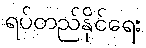
ရပ်တည်နိုင်ရေး